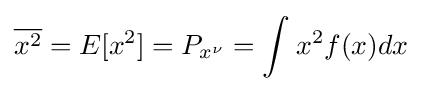
{\overline {x^{2}}}=E[x^{2}]=P_{x^{\nu }}=\int _{}^{}x^{2}f(x)dx